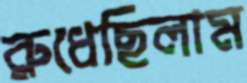
রুধেছিলাম